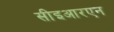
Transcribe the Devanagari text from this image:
सीइआरएन